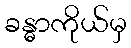
ခန္ဓာကိုယ်မှ